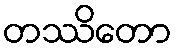
တဿိတော